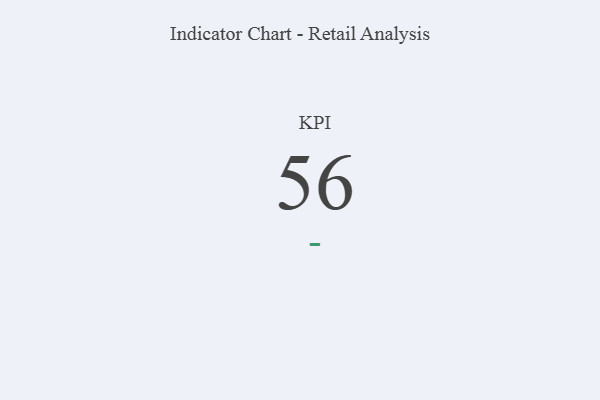
{"axis": {"x": "KPI", "y": "Value"}, "legend": [""], "data": [{"x": "KPI", "y": 56, "type": ""}]}